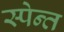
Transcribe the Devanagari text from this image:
स्पेन्त